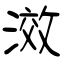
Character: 滧